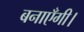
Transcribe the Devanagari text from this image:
बनाएँगी।